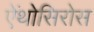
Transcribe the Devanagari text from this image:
ऐंथोसिरोस